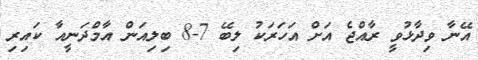
އޭނާ ވިދާޅުވީ ރާއްޖެ އަށް އަހަރަކު ލިބޭ 7-8 ބިލިއަން އާމްދަނީއާ ކައިރި